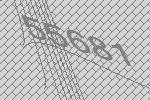
55681